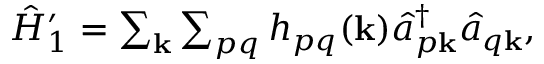
\begin{array} { r } { \hat { H } _ { 1 } ^ { \prime } = \sum _ { \mathbf k } \sum _ { p q } h _ { p q } ( \mathbf k ) \hat { a } _ { p \mathbf k } ^ { \dagger } \hat { a } _ { q \mathbf k } , } \end{array}